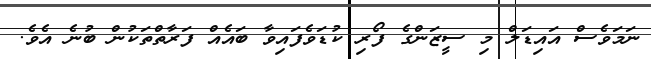
ނަމަވެސް އައިޑަލް މި ސީޒަންގެ ފޯރި ކުޑަވެފައިވާ ބައެއް ފަރާތްތަކުން ބުނެ އެވެ.